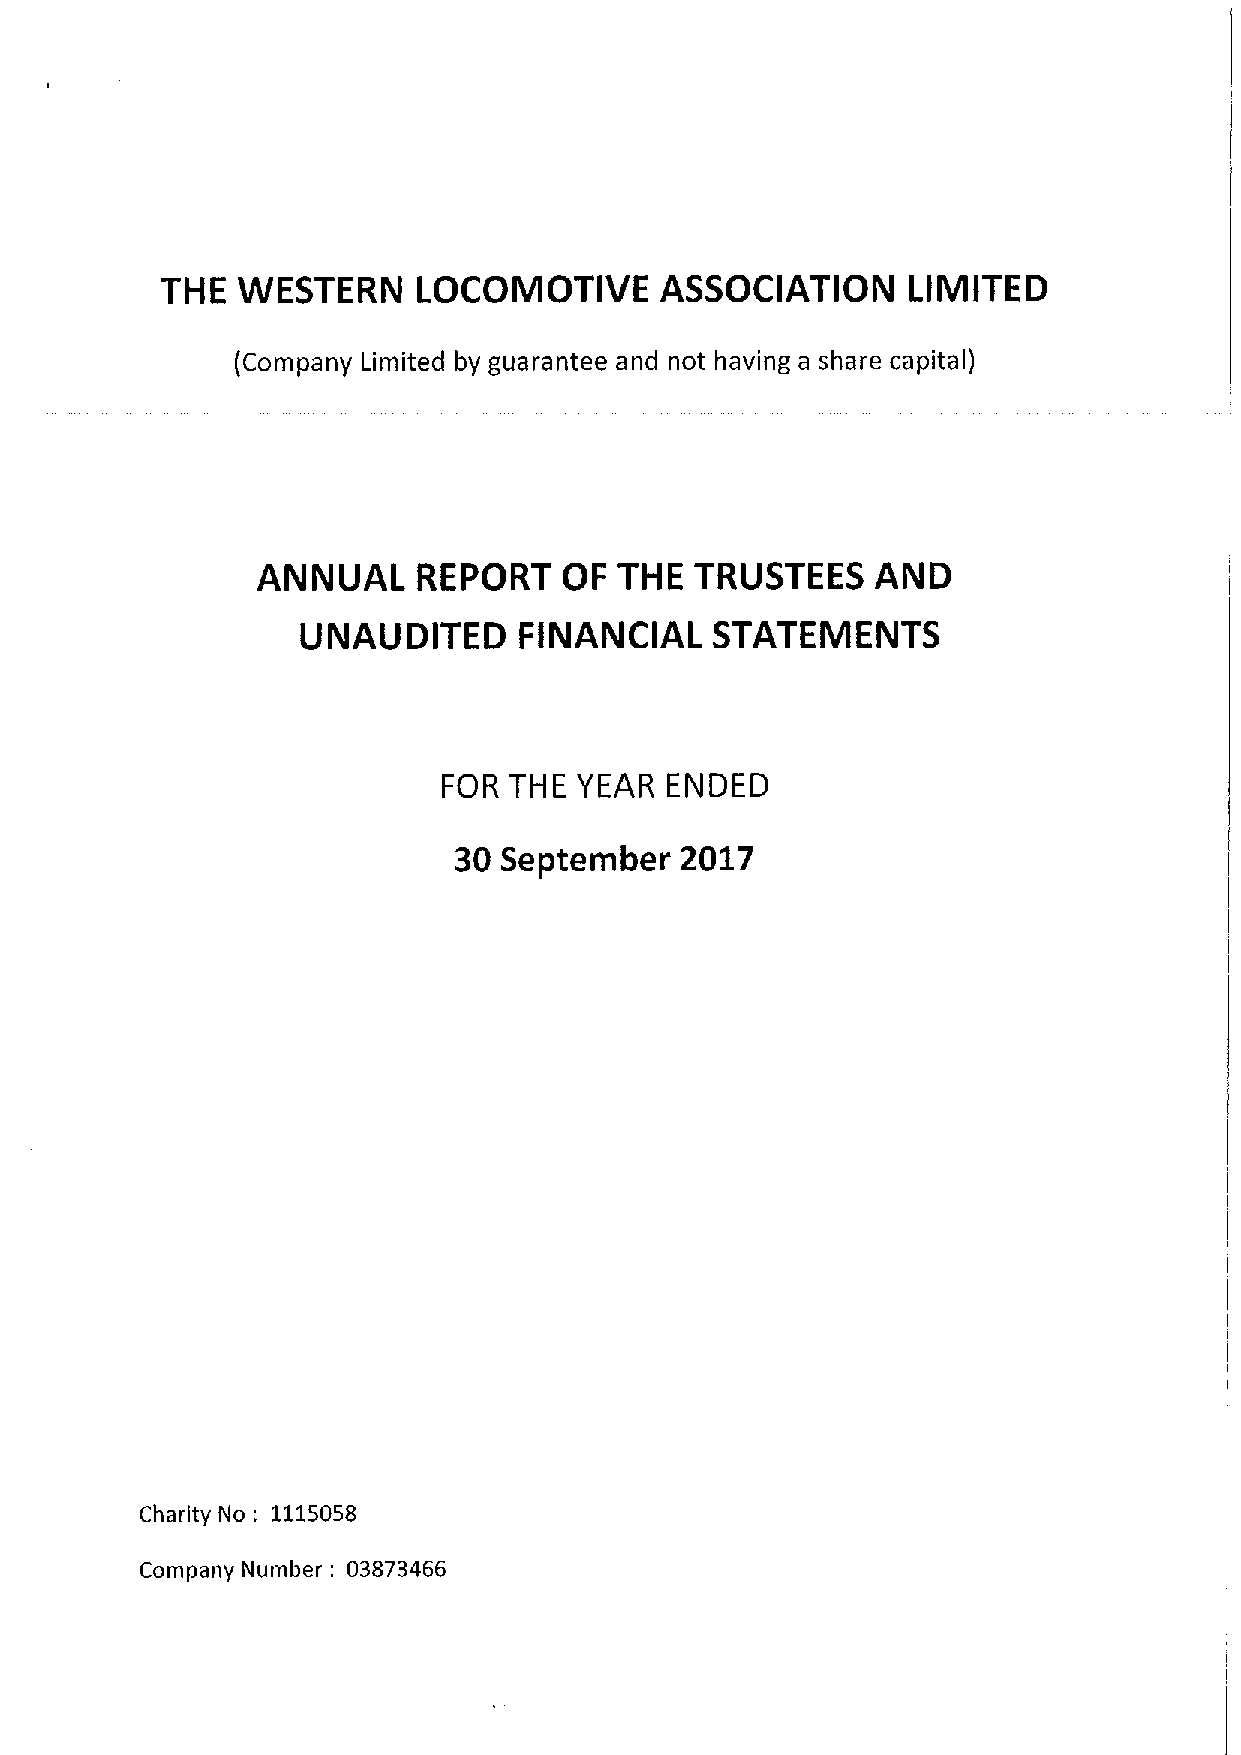
THE  WESTERN     LOCOMOTIVE      ASSOCIATION     LIMITED
 (Company Limited by guarantee and not having a share capital)
 ANNUAL     REPORT   OF  THE  TRUSTEES    AND
 UNAUDITED     FINANCIAL    STATEMENTS
 FOR  THE YEAR  ENDED
 30 September   2017
 Charity No: 1115058
 Company Number: 03873466